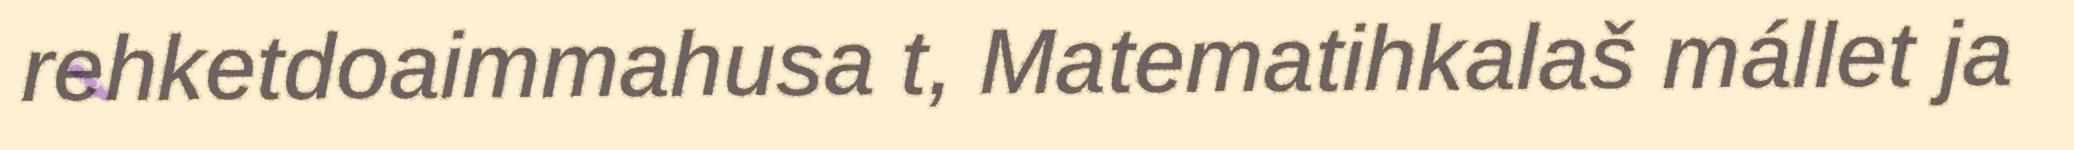
rehketdoaimmahusa t, Matematihkalaš mállet ja